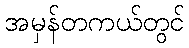
အမှန်တကယ်တွင်